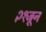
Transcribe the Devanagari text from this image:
२१जून